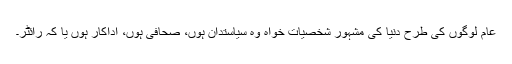
عام لوگوں کی طرح دنیا کی مشہور شخصیات خواہ وہ سیاستدان ہوں، صحافی ہوں، اداکار ہوں یا کہ رائٹر۔